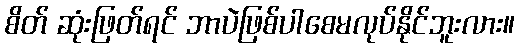
စိတ် ဆုံးဖြတ်ရင် ဘာပဲဖြစ်ပါစေမလုပ်နိုင်ဘူးလား။